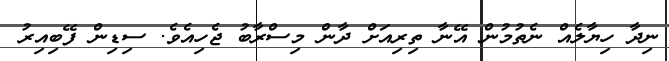
ނިދާ ހިޔާލެއް ނެތުމުން އޭނާ ތިރިއަށް ދާން މިސްރާބު ޖެހިއެވެ. ސިޑިން ފޭބިއިރު